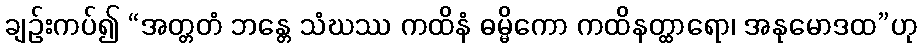
ချဉ်းကပ်၍ “အတ္တတံ ဘန္တေ သံဃဿ ကထိနံ ဓမ္မိကော ကထိနတ္ထာရော၊ အနုမောဒထ”ဟု